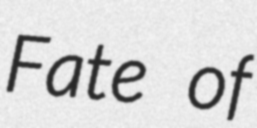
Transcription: Fate of